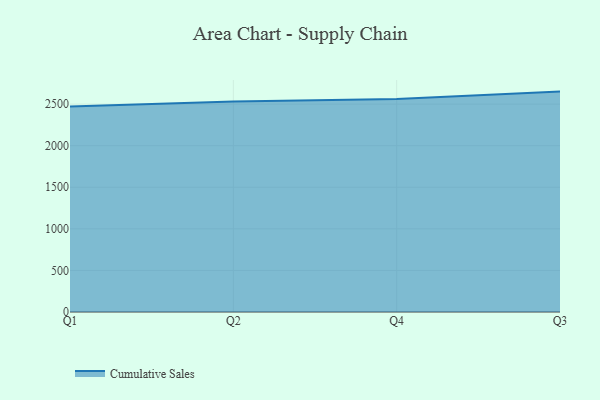
{"axis": {"x": "Quarter", "y": "Revenue (USD Million)"}, "legend": ["Cumulative Sales"], "data": [{"x": "Q1", "y": 2470.1, "type": "Cumulative Sales"}, {"x": "Q2", "y": 2531.0, "type": "Cumulative Sales"}, {"x": "Q4", "y": 2562.3, "type": "Cumulative Sales"}, {"x": "Q3", "y": 2650.4, "type": "Cumulative Sales"}]}